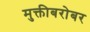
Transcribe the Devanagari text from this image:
मुक्तीबरोबर